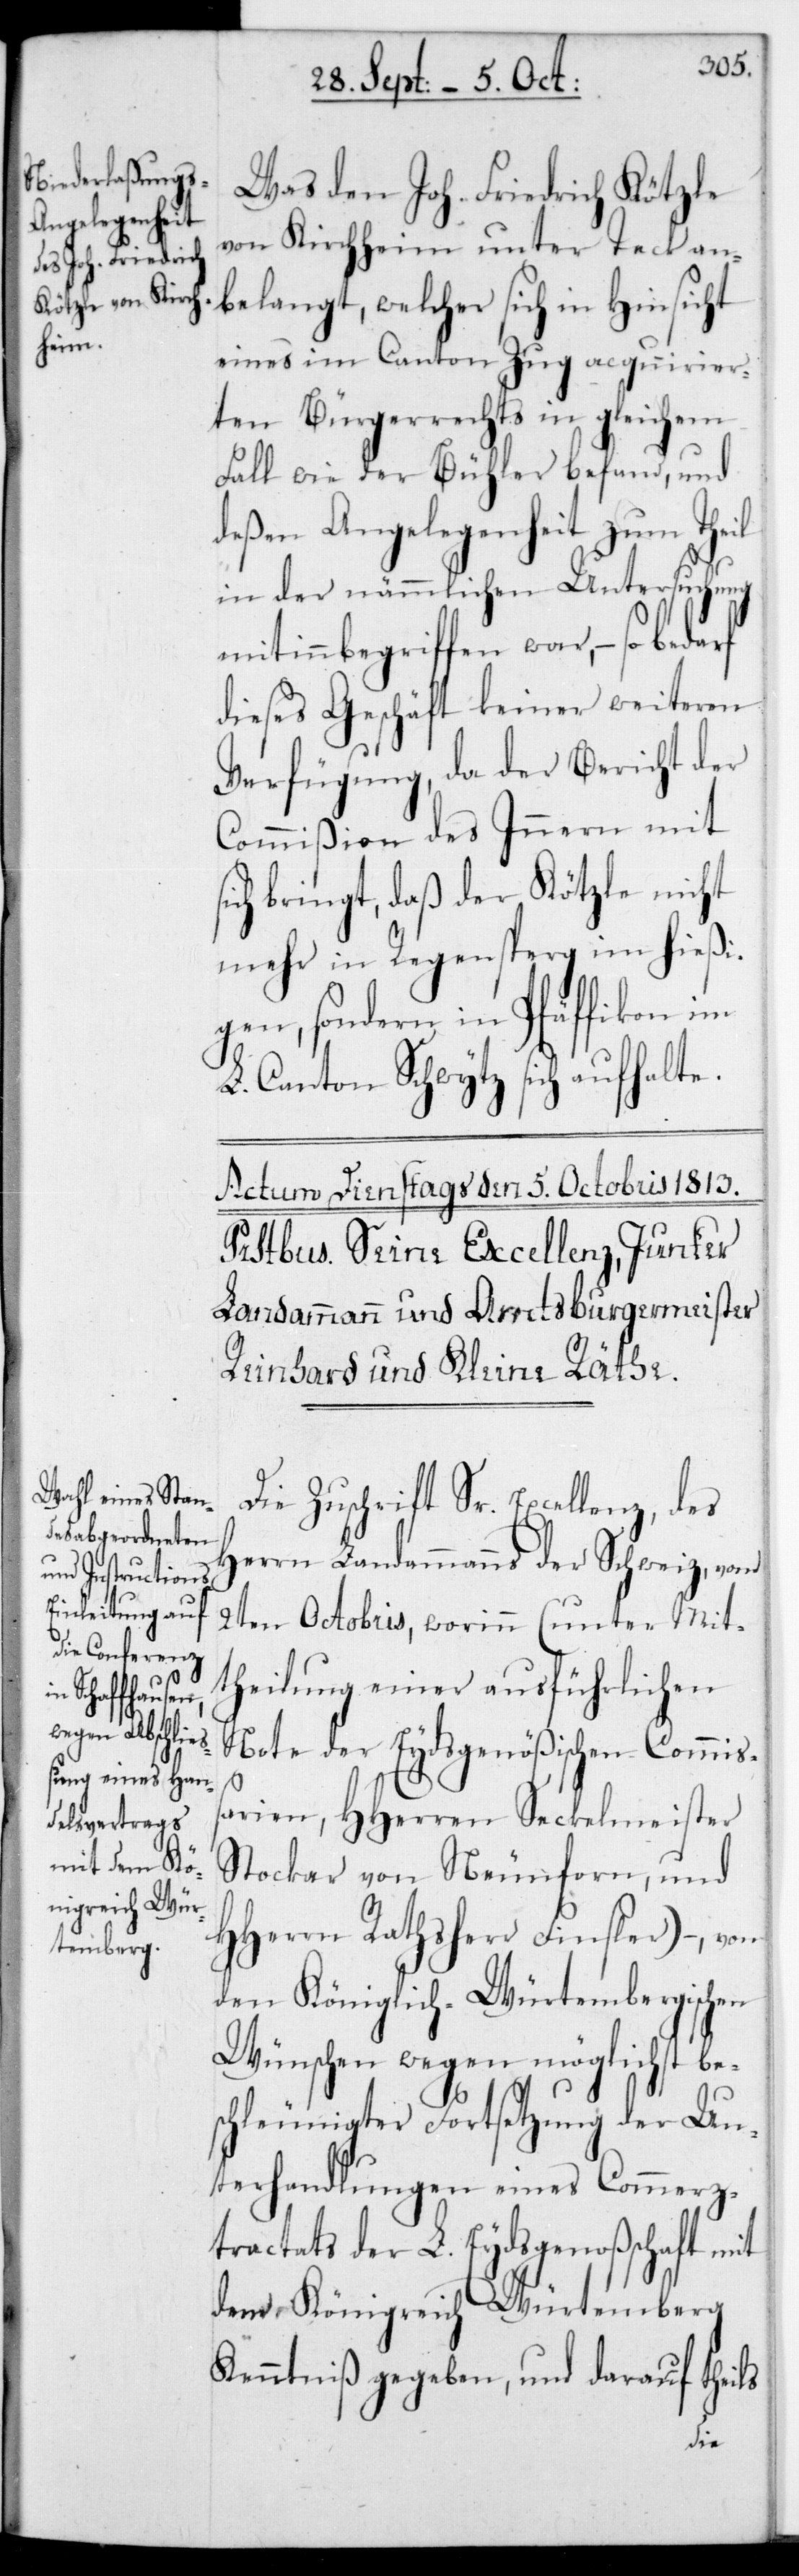
Was den Joh. Friedrich Kötzle
von Kirchheim unter Teck an¬
belangt, welcher sich in Hinsicht
eines im Canton Zug acquirier¬
ten Bürgerrechts in gleichem
Fall wie der Bühler befand, und
deßen Angelegenheit zum Theil
in der nämmlichen Untersuchung
mit inbegriffen war, – so bedarf
dieses Geschäft keiner weiteren
Verfügung, da der Bericht der
Commißion des Inneren mit
sich bringt, daß der Kötzle nicht
mehr in Regensperg im hießi¬
gen, sondern in Pfäffikon im
L. Canton Schwytz sich aufhalte.
Die Zuschrift Sr. Excellenz,des
Herrn Landammanns der Schweiz, vom
2ten Octobris, worinn (unter Mit¬
theilung einer ausführlichen
Note der Eydsgenößischen Commiß¬
arien, HHerrn Seckelmeister
Stockar von Neunforn und
HHerrn Rathsherr Finsler), – von
den Königlich-Würtembergischen
Wünschen wegen möglichst be¬
schleunigter Fortsetzung der Un¬
terhandlungen eines Commerz¬
tractats der L. Eydsgenoßenschaft mit
dem Königreich Würtemberg
Kenntniß gegeben, und darauf theils